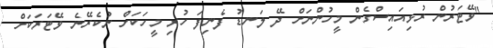
"ވޭޓަރުން ރުޅިއައިސްގެން މީހުންނަށް ދޭ ލަނޑު ފެނިފަ ހުރި މީހަކަށް ނުކެރޭނެ ވޭޓަރަކަށް